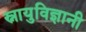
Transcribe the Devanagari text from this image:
स्नायुविज्ञानी